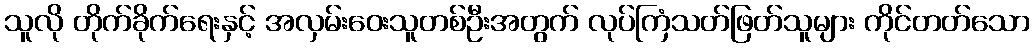
သူလို တိုက်ခိုက်ရေးနှင့် အလှမ်းဝေးသူတစ်ဦးအတွက် လုပ်ကြံသတ်ဖြတ်သူများ ကိုင်တတ်သော